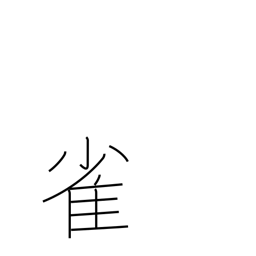
Meaning: sparrow